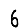
Digit: 6